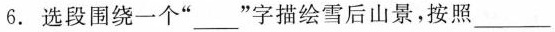
6. 选段围绕一个”___”字描绘雪后山景，按照___